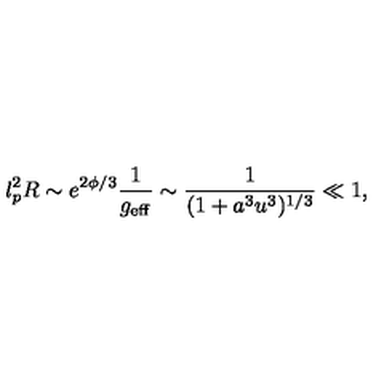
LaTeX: l _ { p } ^ { 2 } R \sim e ^ { 2 \phi / 3 } \frac { 1 } { g _ { \mathrm { e f f } } } \sim \frac { 1 } { ( 1 + a ^ { 3 } u ^ { 3 } ) ^ { 1 / 3 } } \ll 1 ,